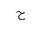
Letter: _ha